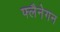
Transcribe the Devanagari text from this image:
फ्लैनेगन